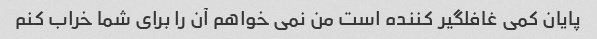
پایان کمی غافلگیر کننده است من نمی خواهم آن را برای شما خراب کنم